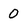
Character: 0